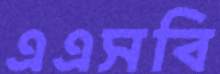
এএসবি